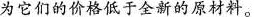
为它们的价格低于新的原材料。